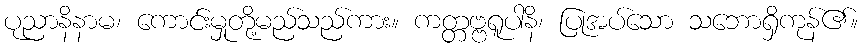
ပုညာနိနာမ၊ ကောင်းမှုတို့မည်သည်ကား။ ကတ္တဗ္ဗရူပါနိ၊ ပြုအပ်သော သဘောရှိကုန်၏။